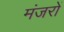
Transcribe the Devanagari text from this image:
मंजरों